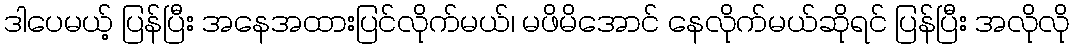
ဒါပေမယ့် ပြန်ပြီး အနေအထားပြင်လိုက်မယ်၊ မဖိမိအောင် နေလိုက်မယ်ဆိုရင် ပြန်ပြီး အလိုလို